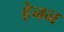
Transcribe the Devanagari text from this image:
हेनन